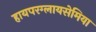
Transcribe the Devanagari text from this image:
हायपरग्लायसेमिया